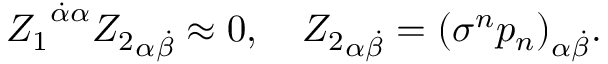
{ Z _ { 1 } } ^ { \dot { \alpha } \alpha } { Z _ { 2 } } _ { \alpha \dot { \beta } } \approx 0 , \quad { Z _ { 2 } } _ { \alpha \dot { \beta } } = { ( \sigma ^ { n } p _ { n } ) } _ { \alpha \dot { \beta } } .